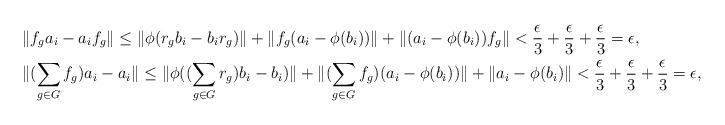
LaTeX: \begin{align*}&\|f_ga_i-a_if_g\|\le \|\phi(r_gb_i-b_ir_g)\|+\|f_g(a_i-\phi(b_i))\|+\|(a_i-\phi(b_i))f_g\|<\frac{\epsilon}{3}+\frac{\epsilon}{3}+\frac{\epsilon}{3}=\epsilon,\\&\|(\sum_{g\in G}f_g)a_i-a_i\|\le\|\phi((\sum_{g\in G}r_g)b_i-b_i)\|+\|(\sum_{g\in G}f_g)(a_i-\phi(b_i))\|+\|a_i-\phi(b_i)\|<\frac{\epsilon}{3}+\frac{\epsilon}{3}+\frac{\epsilon}{3}=\epsilon,\end{align*}